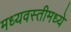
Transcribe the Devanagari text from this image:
मध्यवस्तीमध्ये